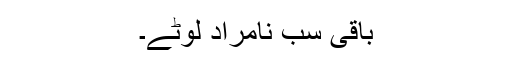
باقی سب نامراد لوٹے۔